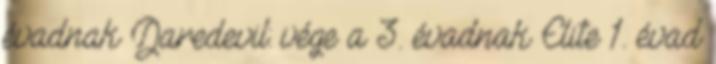
évadnak Daredevil: vége a 3. évadnak Elite 1. évad